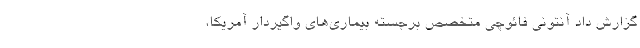
گزارش داد آنتونی فائوچی متخصص برجسته بیماری‌های واگیردار آمریکا،